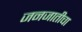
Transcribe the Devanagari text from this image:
जनजातीचा